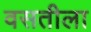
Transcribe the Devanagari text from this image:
वसतीला